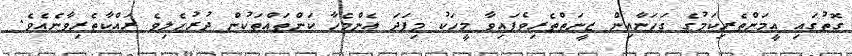
ގޮތުގައި އީމަންތެރިކަމުގެ ގަހަނާއިން ޒީނަތްތެރިވެފައިވާ މީހަކު މިފަދަ އެންމެހާ ކަންތައްތަކުން ދުރުހެލިވެ ރައްކާތެރިވާނެއެވެ.